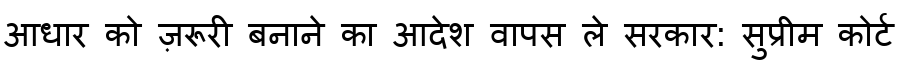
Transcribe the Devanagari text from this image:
आधार को ज़रूरी बनाने का आदेश वापस ले सरकार: सुप्रीम कोर्ट